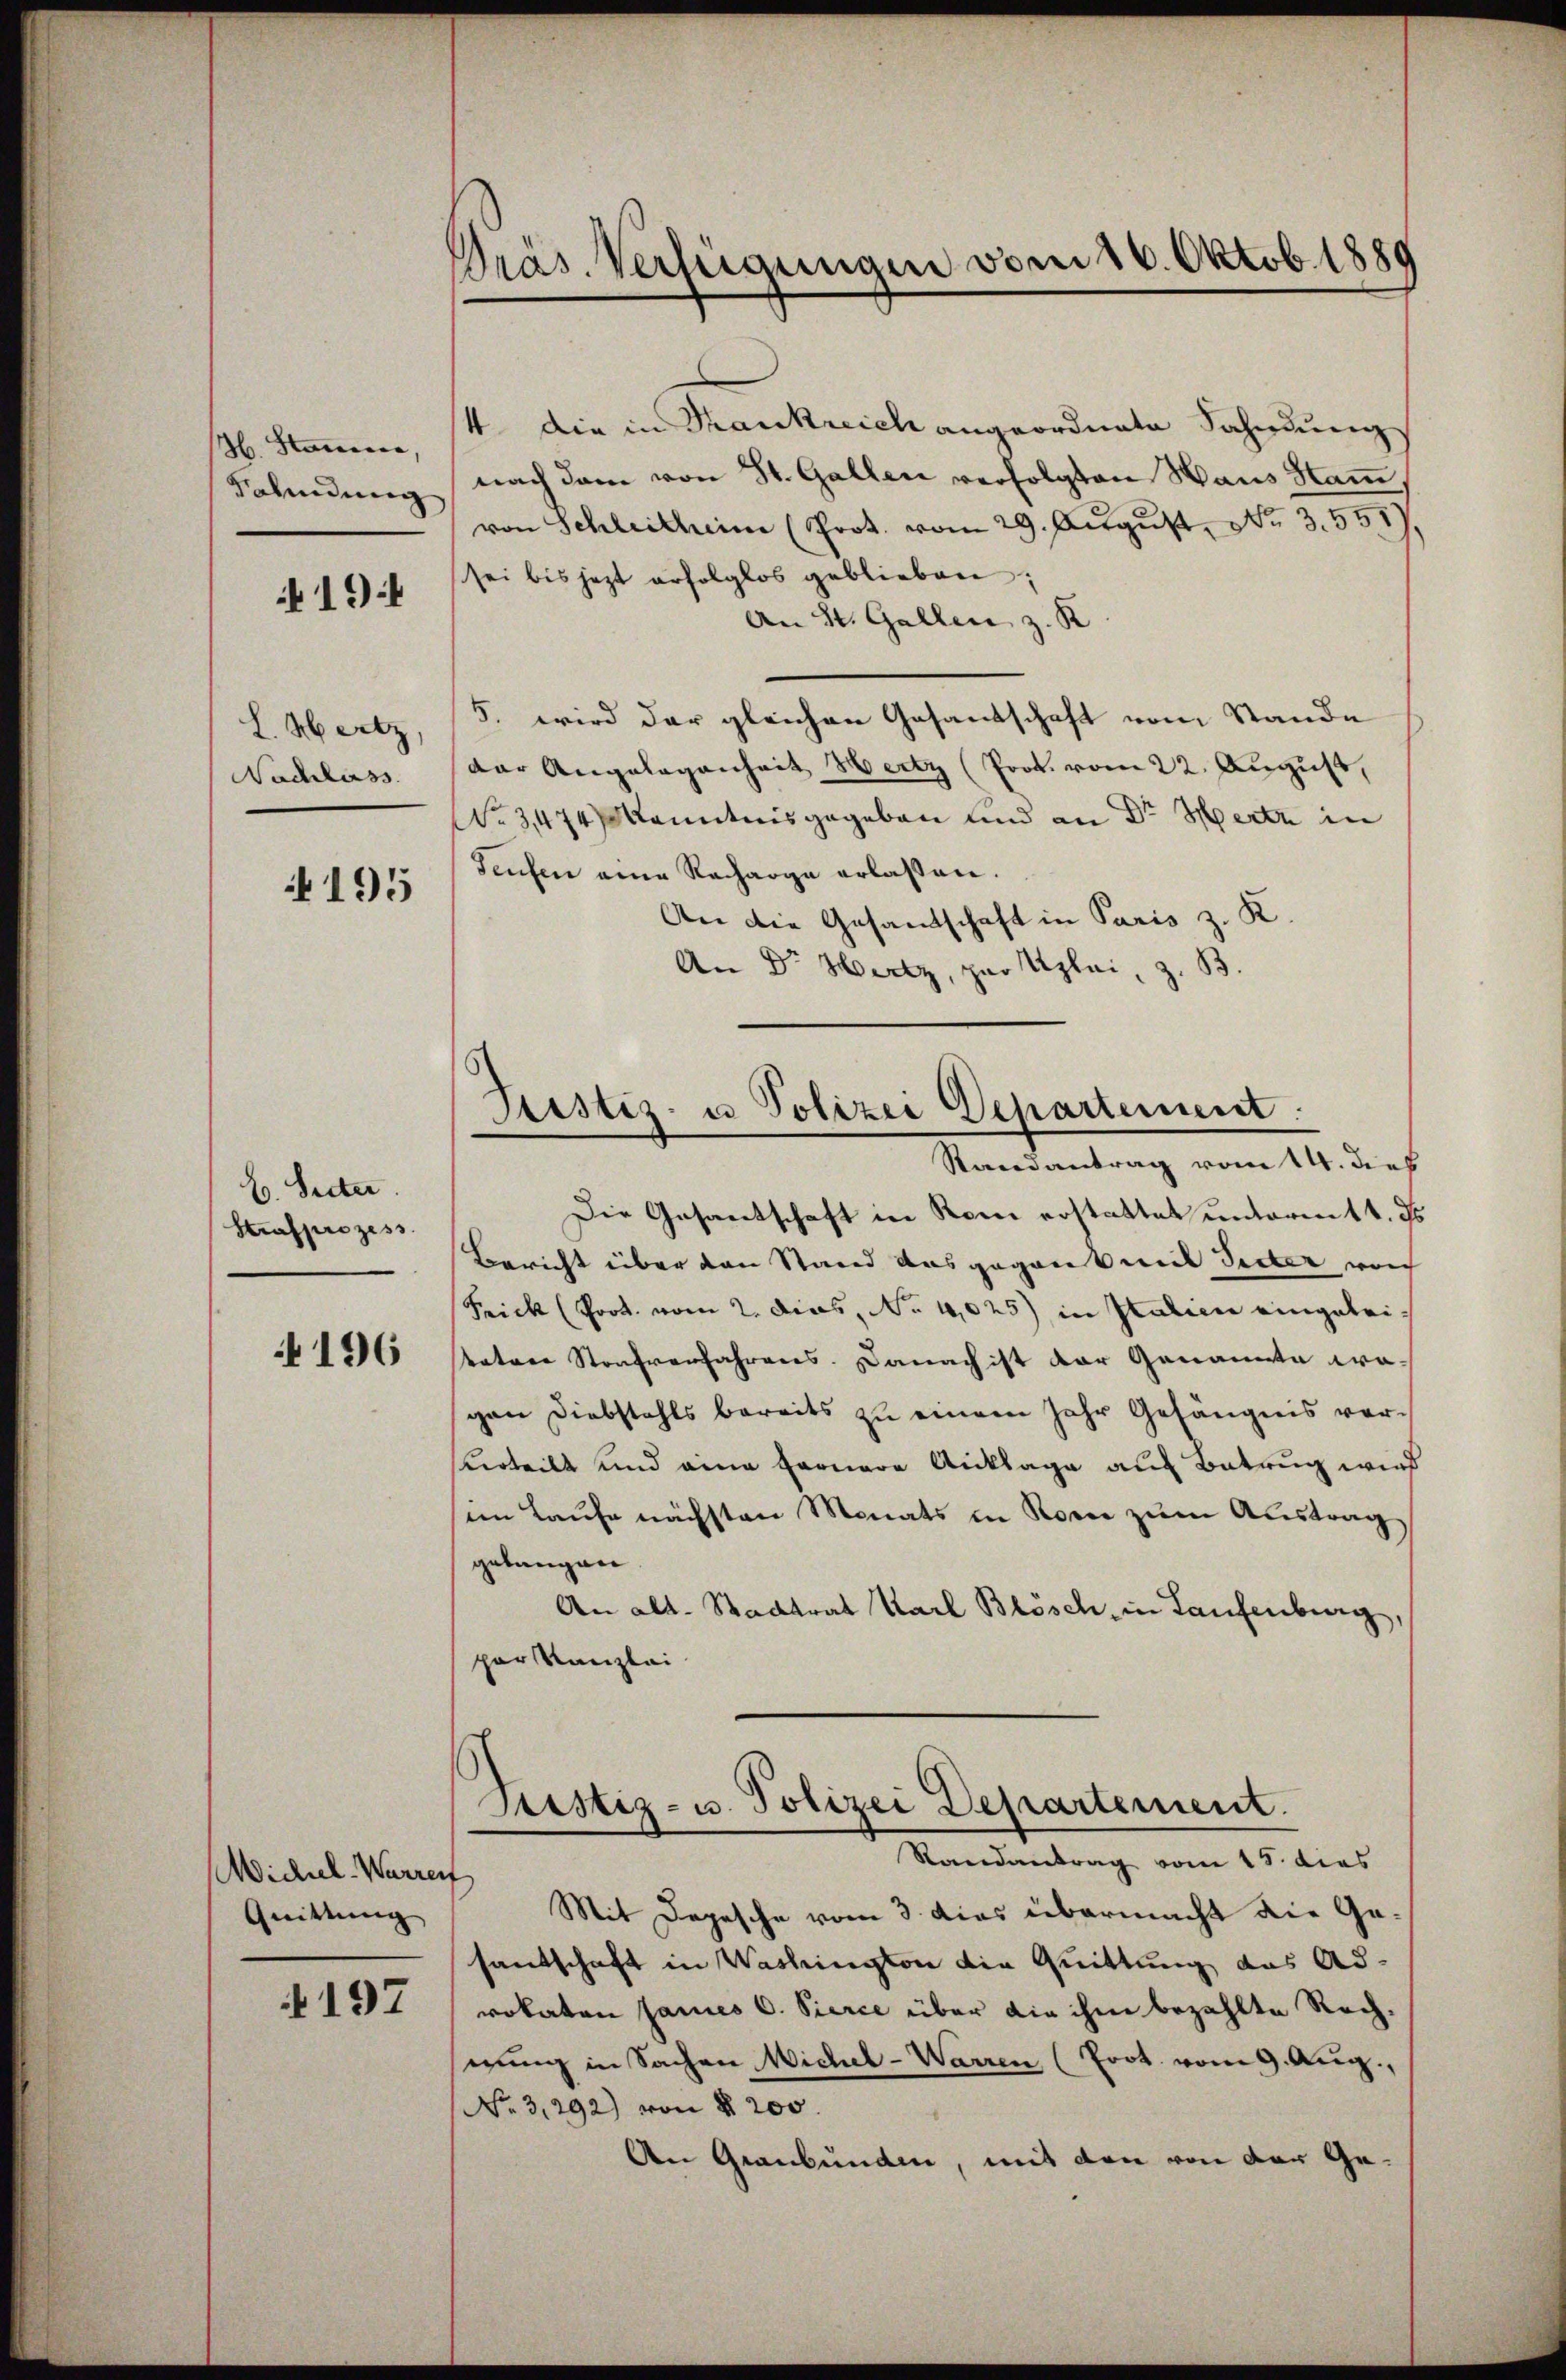
H. Stana,
Bahndung

19

L. Mertz,
Nachlass

195

E. Seiter.
Strafprozess

4196

Michael-Warrer
Quittung |

197

Präs. Verfügungen vom 16. Oktob. 1889

4 die in Frankreich angeordnete Sahnung
nach dem von St. Gallen verfolgten Haus Stamm,
von Schleitheim (Prot. vom 29. Aŭgŭst No. 3551),
sei bis jezt erfolglos geblieben;
An St. Gallen z. B
5. wird der gleichen Gesandschaft vom Stande
dar Angelegenheit Hertz (Prok. vom 22. August,
No 3474) Kenntnisgegeben und an Dr Hertz in
Seufen eine Recharge erlassen.
An die Gesandtschaft in Paris z. K.
An Dr Hertz, zur Uzlei, z. B.
Randantrag vom 14. dies
Die Gesantschaft in Rom erstattet unterm 14. ds.
Bericht über den Stand ausgegant mit Seiter noch
Frick (Prot. vom 2. dies, No 1025) in Italien eingeleisvater Strafverfahrens. Danach ist der Genannte wa-
gan Diebstahls bereits zu einem Jahr Gefängnis ver-
verteilt und eine fernere Anklage auf Betrug wird
im Laufe nächsten Monats in Rom zum Austrag
gelangen.
An alt. Stadtrat Karl Blösch, in Laufenburg,
per Kanzlei
Justiz- u. Polizei Departement.
Randantrag vom 15. dies
Mit Depesche vom 3. dies übermacht die Gesantschaft in Washington die Quittung das Adrokaten James C. Sierce über die ihm bezahlte Rechsezung in Sachen Michel-Warren (Prot. vom 9. Aug.,
No 3,292) von § 200
An Graubünden, mit den von der Ge¬

Justiz- u Polizei Departement.